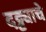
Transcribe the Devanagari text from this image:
दट्ट्याचे